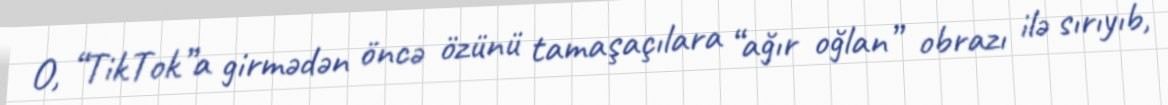
O, “TikTok”a girmədən öncə özünü tamaşaçılara “ağır oğlan” obrazı ilə sırıyıb,